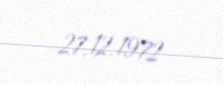
27.12.1972